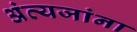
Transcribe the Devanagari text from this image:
अंत्यजांना